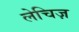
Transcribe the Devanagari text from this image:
लेचिज़